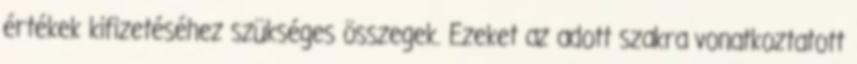
értékek kifizetéséhez szükséges összegek. Ezeket az adott szakra vonatkoztatott